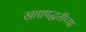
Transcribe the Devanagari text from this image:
खाद्यपद्धतींच्या